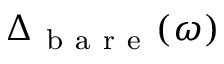
\Delta _ { \mathrm { ~ b ~ a ~ r ~ e ~ } } ( \omega )